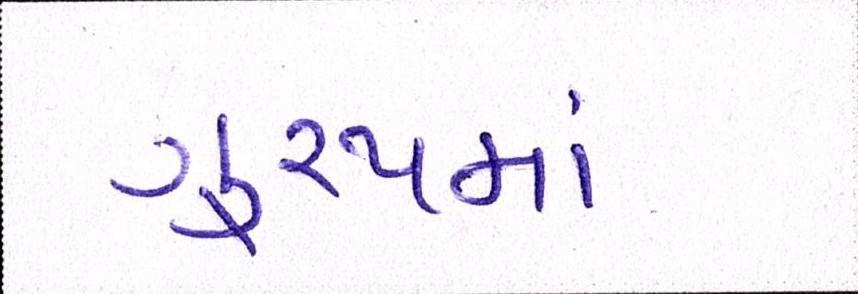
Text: ગુ્રપમાં